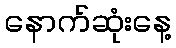
နောက်ဆုံးနေ့